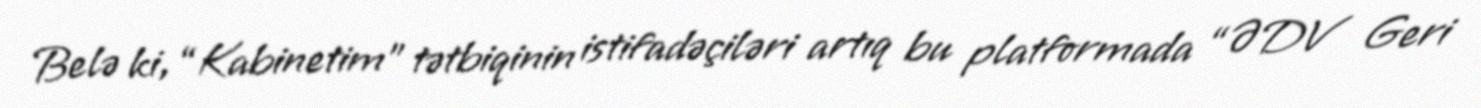
Belə ki, “Kabinetim” tətbiqinin istifadəçiləri artıq bu platformada “ƏDV Geri